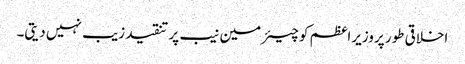
اخلاقی طور پروزیراعظم کو چیئرمین نیب پر تنقید زیب نہیں دیتی۔